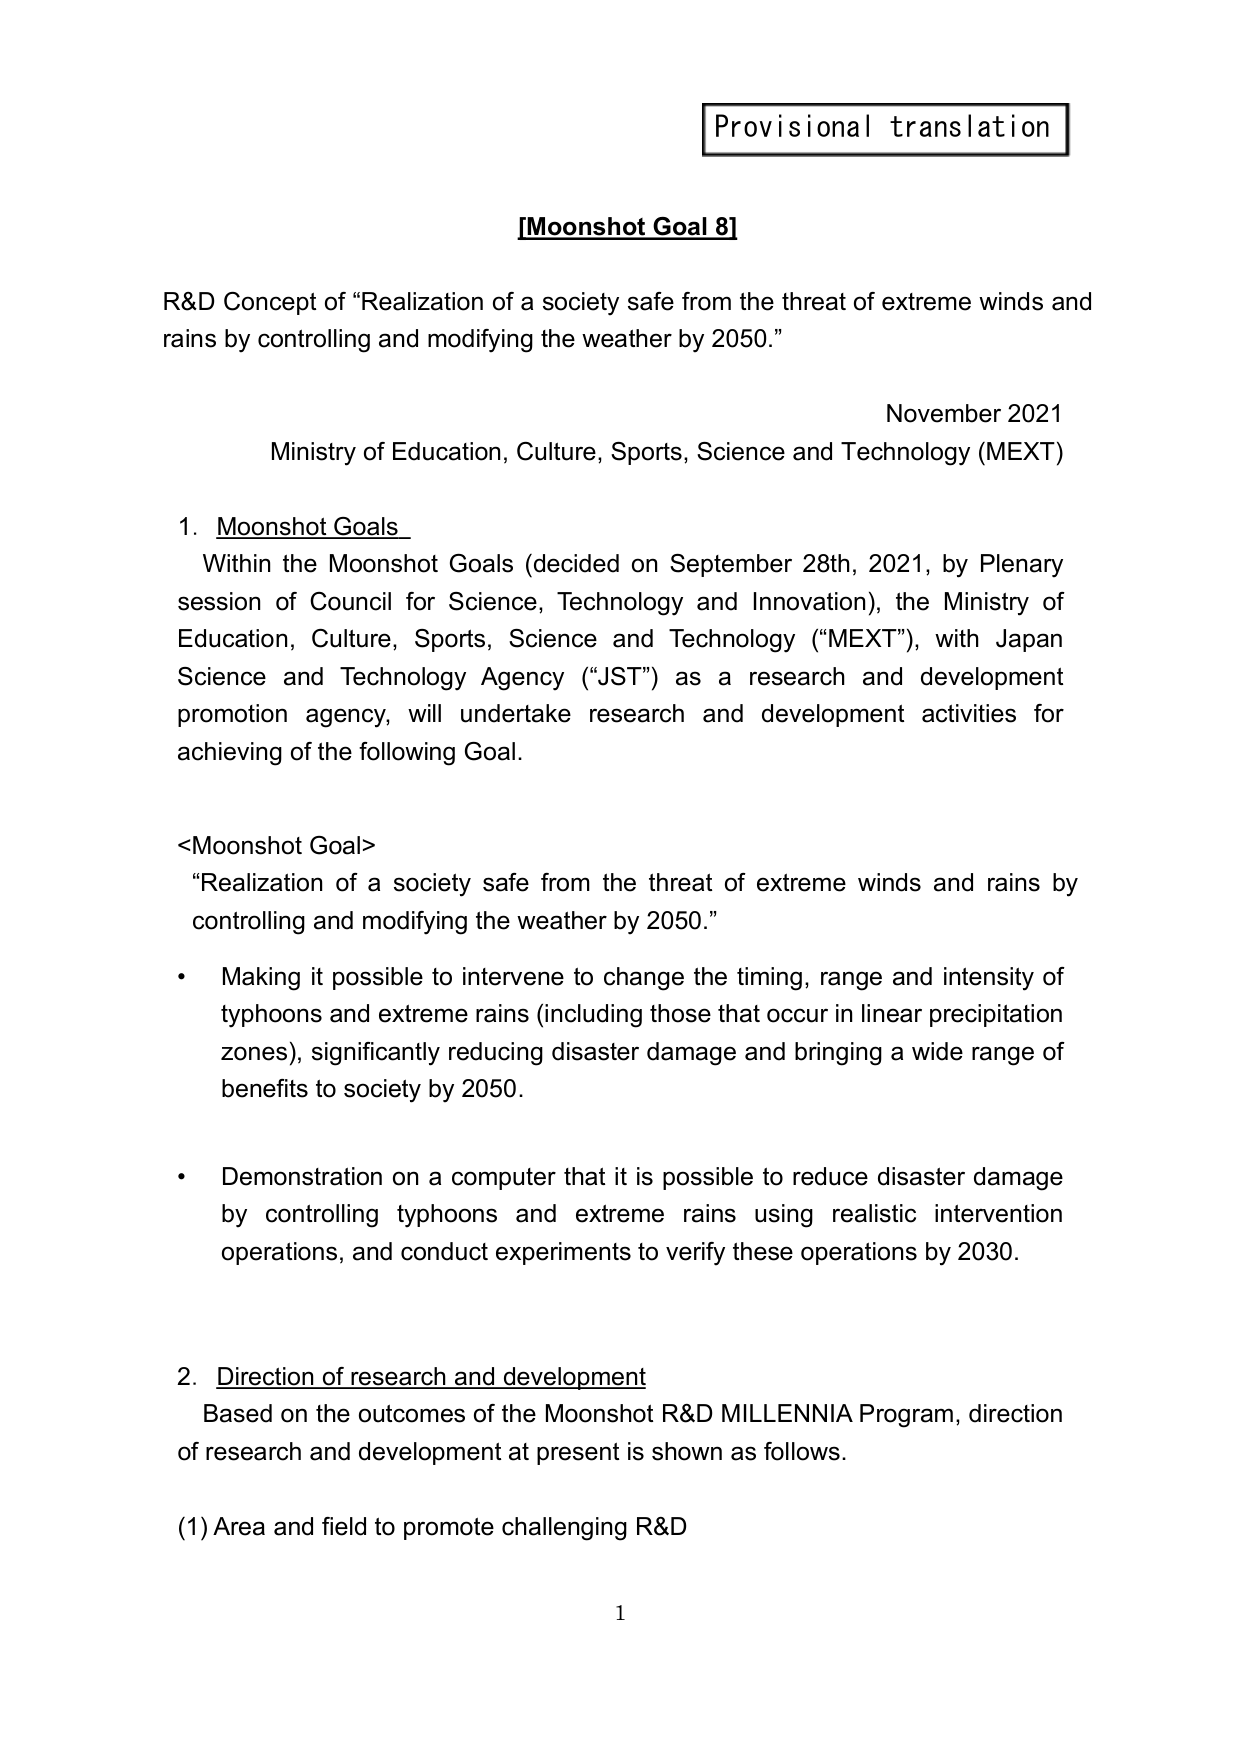
Provisional translation

[Moons hot Goal 8]

R&D Concept of “Realization of a society safe from the threat of extreme winds and rains by controlling and modifying the weather by 2050.”

November 2021
Ministry of Education, Culture, Sports, Science and Technology (MEXT)

1. Moonshot Goals
Within the Moonshot Goals (decided on September 28th, 2021, by Plenary session of Council for Science, Technology and Innovation), the Ministry of Education, Culture, Sports, Science and Technology (“MEXT”), with Japan Science and Technology Agency (“JST”) as a research and development promotion agency, will undertake research and development activities for achieving of the following Goal.

<Moonshot Goal>
“Realization of a society safe from the threat of extreme winds and rains by controlling and modifying the weather by 2050.”

• Making it possible to intervene to change the timing, range and intensity of typhoons and extreme rains (including those that occur in linear precipitation zones), significantly reducing disaster damage and bringing a wide range of benefits to society by 2050.

• Demonstration on a computer that it is possible to reduce disaster damage by controlling typhoons and extreme rains using realistic intervention operations, and conduct experiments to verify these operations by 2030.

2. Direction of research and development
Based on the outcomes of the Moonshot R&D MILLENNIA Program, direction of research and development at present is shown as follows.

(1) Area and field to promote challenging R&D

1